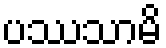
ပဿသာမိ